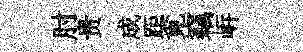
肘贵成距覔竊㟁